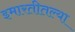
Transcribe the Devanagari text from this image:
इमारतीतल्या